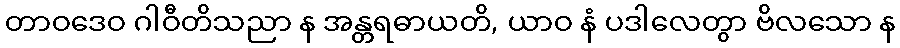
တာဝဒေဝ ဂါဝီတိသညာ န အန္တရဓာယတိ, ယာဝ နံ ပဒါလေတွာ ဗိလသော န